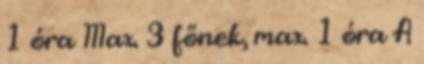
1 óra Max. 3 főnek, max. 1 óra A